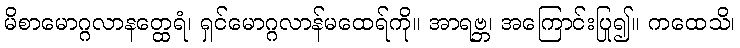
မိစာမောဂ္ဂလာနတ္ထေရံ၊ ရှင်မောဂ္ဂလာန်မထေရ်ကို။ အာရဗ္ဘ၊ အကြောင်းပြု၍။ ကထေသိ၊